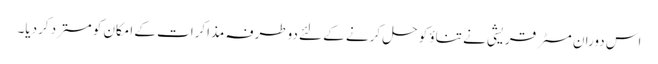
اس دوران مسٹر قریشی نے تناؤ کو حل کرنے کے لئے دوطرفہ مذاکرات کے امکان کو مسترد کردیا۔